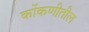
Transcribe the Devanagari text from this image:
कोंकणीतील